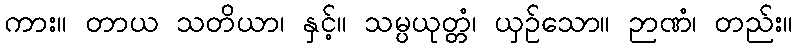
ကား။ တာယ သတိယာ၊ နှင့်။ သမ္ပယုတ္တံ၊ ယှဉ်သော။ ဉာဏံ၊ တည်း။